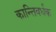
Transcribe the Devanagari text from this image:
कान्तिवर्धक